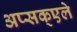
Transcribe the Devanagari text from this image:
अप्सक्एले